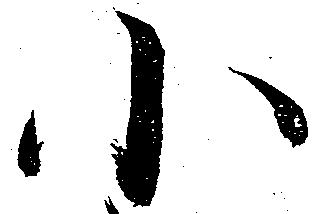
小